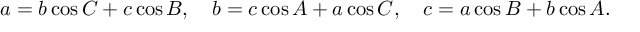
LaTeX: a = b \cos C + c \cos B , \quad b = c \cos A + a \cos C , \quad c = a \cos B + b \cos A .